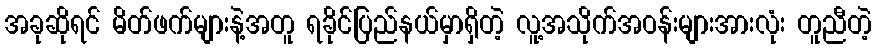
အခုဆိုရင် မိတ်ဖက်များနဲ့အတူ ရခိုင်ပြည်နယ်မှာရှိတဲ့ လူ့အသိုက်အဝန်းများအားလုံး တူညီတဲ့